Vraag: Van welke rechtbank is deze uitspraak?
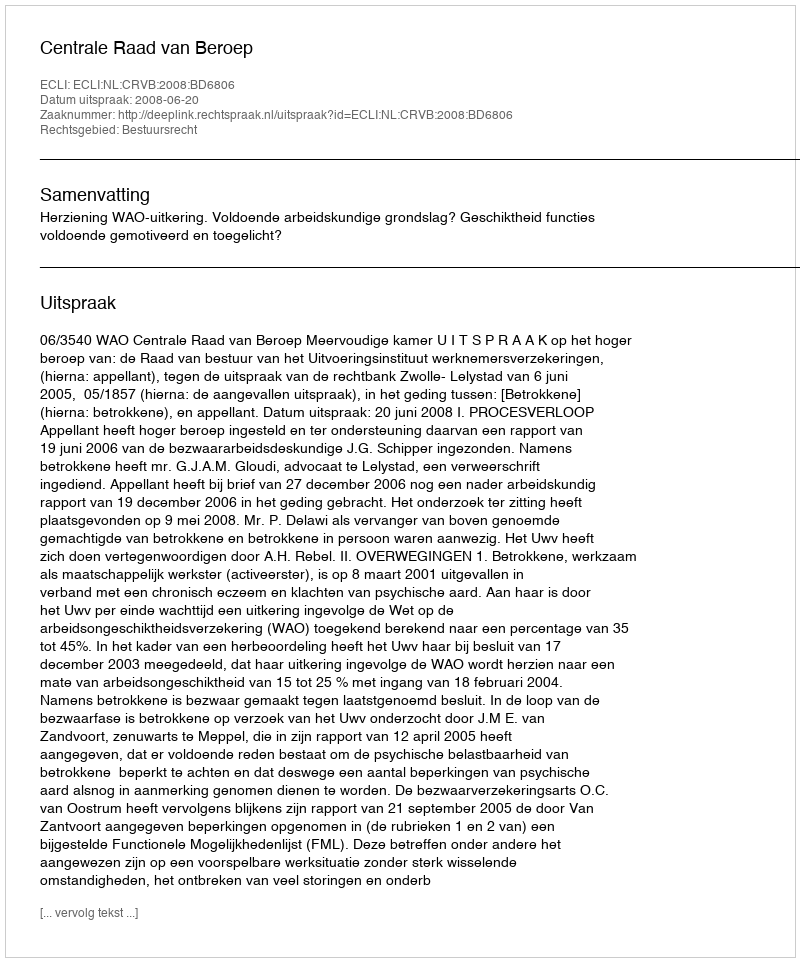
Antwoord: Centrale Raad van Beroep